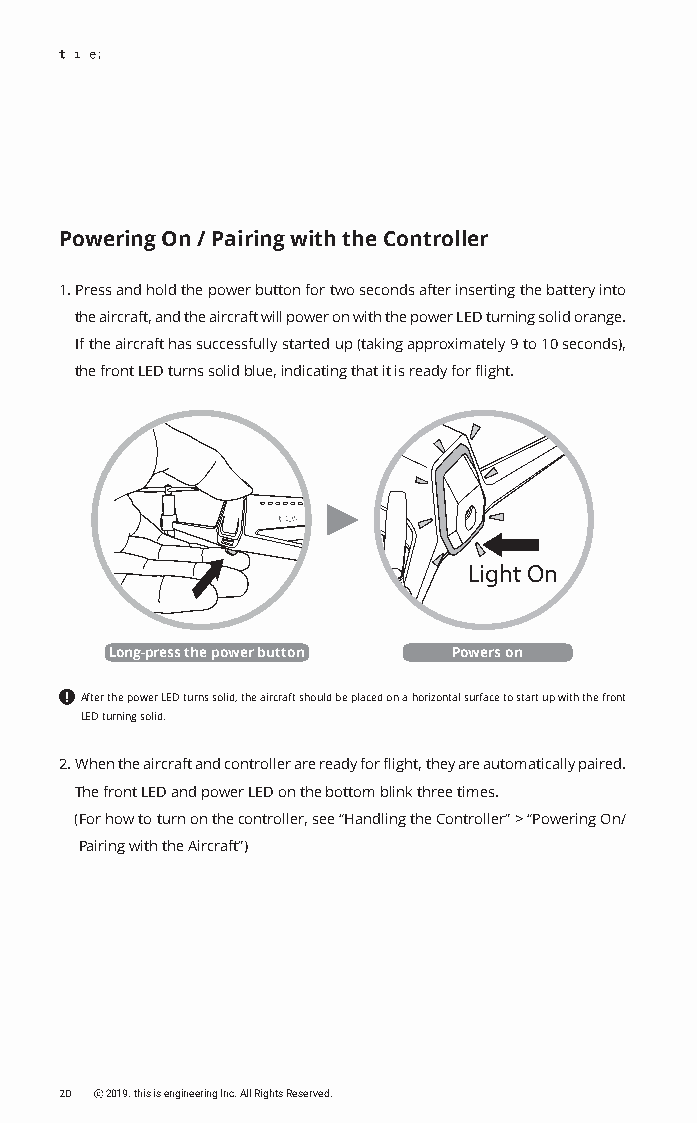
Powering On / Pairing with the Controller
 1. Press and hold the power button for two seconds after inserting the battery into
 the aircraft, and the aircraft will power on with the power LED turning solid orange.
 If the aircraft has successfully started up (taking approximately 9 to 10 seconds),
 the front LED turns solid blue, indicating that it is ready for flight.
 Light On
 Long-press the power button Powers on
 After the power LED turns solid, the aircraft should be placed on a horizontal surface to start up with the front
 LED turning solid.
 2. When the aircraft and controller are ready for flight, they are automatically paired.
 The front LED and power LED on the bottom blink three times.
 (F or how to turn on the controller, see “Handling the Controller” > “Powering On/
 Pairing with the Aircraft”)
 20 ⓒ 2019. this is engineering Inc. All Rights Reserved.